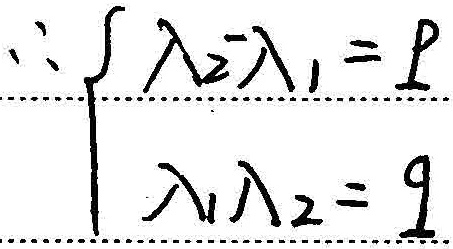
所以可得方程组：
\(\begin{cases}\lambda_{2}-\lambda_{1}=p\\\lambda_{1}\lambda_{2}=9\end{cases}\)